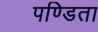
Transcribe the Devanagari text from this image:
पण्डिता